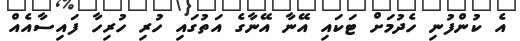
އެ ކުންފުނި ހެދުމަށް ޓަކައި އޭނާ އޭނާގެ އަތުގައި ހުރި ހުރިހާ ފައިސާއެއް